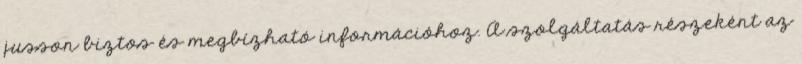
jusson biztos és megbízható információhoz. A szolgáltatás részeként az